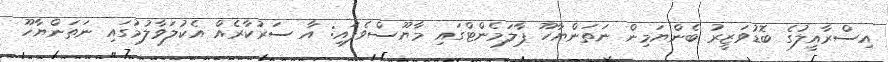
އިސްރާއީލުގެ ބޮޑުވަޒީރު ބެންޔަމިން ނަތަންޔާހޫ ޕާލަމެންޓްގައި މާޔޫސްވެފައި: އާ ސަރުކާރެއް އެކުލަވާލުމުގައި ނަތަންޔާހޫ